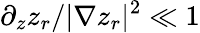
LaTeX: \partial_{z}z_{r}/|\nabla z_{r}|^{2}\ll 1